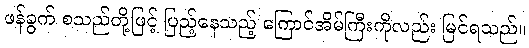
ဖန်ခွက် စသည်တို့ဖြင့် ပြည့်နေသည့် ကြောင်အိမ်ကြီးကိုလည်း မြင်ရသည်။